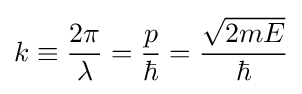
k\equiv {\frac {2\pi }{\lambda }}={\frac {p}{\hbar }}={\frac {\sqrt {2mE}}{\hbar }}